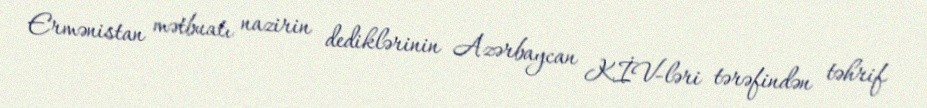
Ermənistan mətbuatı nazirin dediklərinin Azərbaycan KİV-ləri tərəfindən təhrif